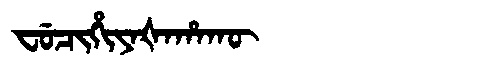
Manchu: ᠸᡠᠴᡳᡥᡳᠶᠠᡧᠠᡥᠠᡴᡡ
Romanization: FUCIHIYAŠAHAKŪ